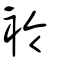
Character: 袊